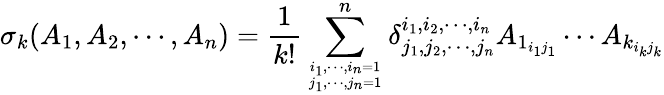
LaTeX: \sigma_{k}(A_{1},A_{2},\cdots,A_{n})=\frac{1}{k!}\sum_{i_{1},\cdots,i_{n}=1\atop j_{1},\cdots,j_{n}=1}^{n}\delta_{j_{1},j_{2},\cdots,j_{n}}^{i_{1},i_{2},\cdots,i_{n}}A_{1_{i_{1}j_{1}}}\cdots A_{k_{i_{k}j_{k}}}